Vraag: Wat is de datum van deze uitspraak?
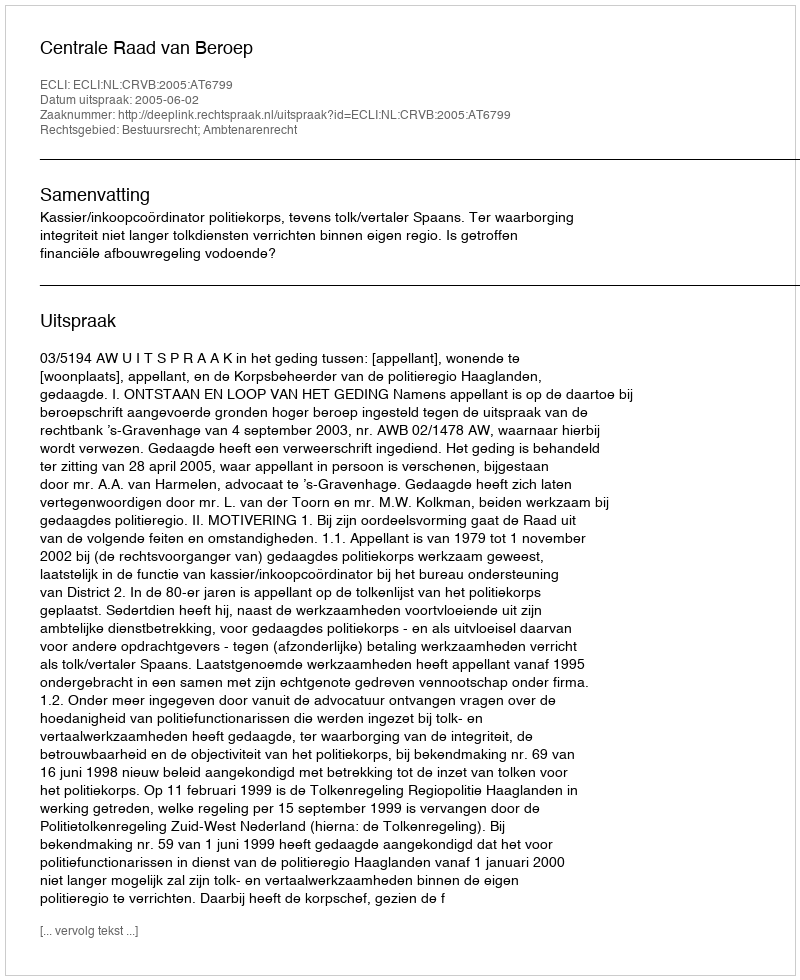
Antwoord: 2005-06-02